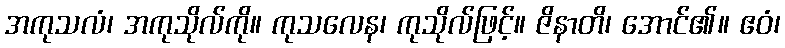
အကုသလံ၊ အကုသိုလ်ကို။ ကုသလေန၊ ကုသိုလ်ဖြင့်။ ဇိနာတိ၊ အောင်၏။ ဧဝံ၊